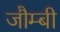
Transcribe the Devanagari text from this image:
जौम्बी